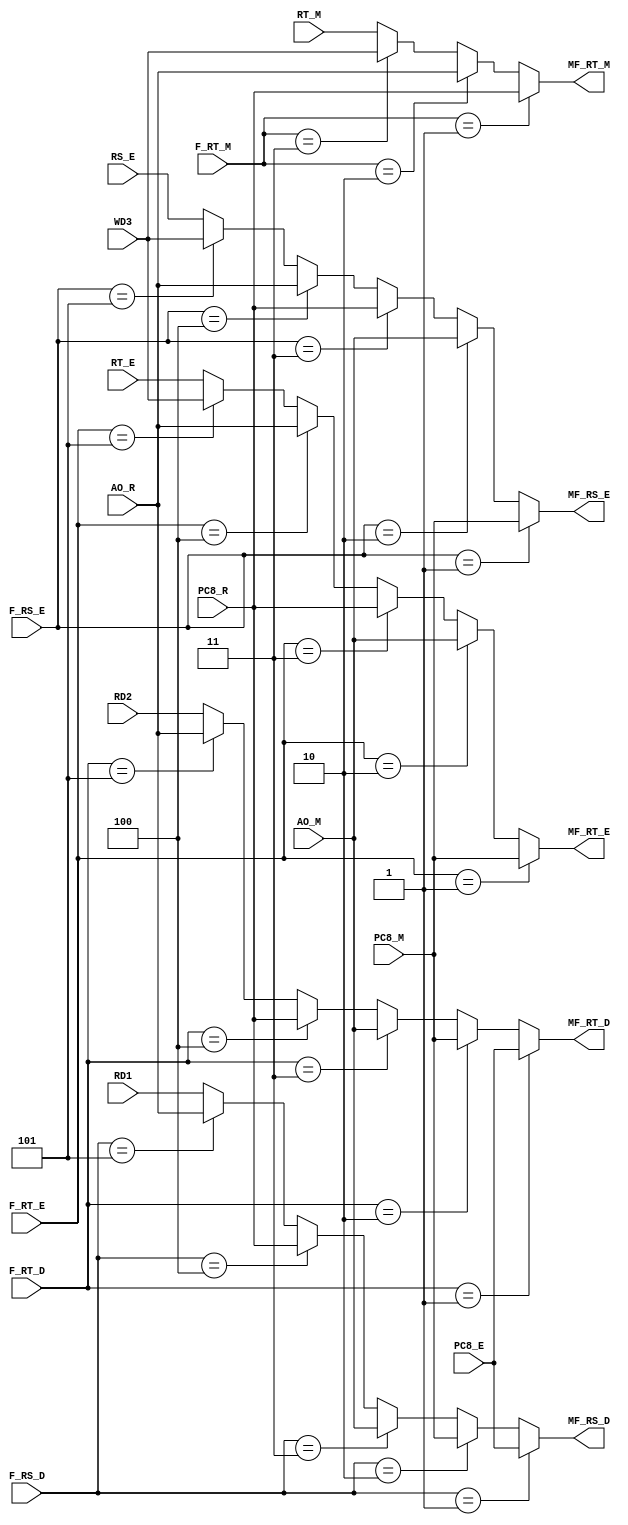
`timescale 1ns / 1ps
//////////////////////////////////////////////////////////////////////////////////
// Company: 
// Engineer: 
// 
// Design Name: 
// Module Name: mux_forward
// Project Name: 
// Target Devices: 
// Tool Versions: 
// Description: 
// 
// Dependencies: 
// 
// Revision:
// Revision 0.01 - File Created
// Additional Comments:
// 
//////////////////////////////////////////////////////////////////////////////////


module mux_forward(
    input [31:0] RD1,
    input [31:0] PC8_E,
    input [31:0] PC8_M,
    input [31:0] PC8_R,
    input [31:0] AO_M,
    input [31:0] AO_R,
    input [2:0] F_RS_D,
    output [31:0] MF_RS_D,

    input [31:0] RD2,
    input [2:0] F_RT_D,
    output [31:0] MF_RT_D,

    input [31:0] RS_E,
    input [31:0] WD3,
    input [2:0] F_RS_E,
    output [31:0] MF_RS_E,

    input [31:0] RT_E,
    input [2:0] F_RT_E,
    output [31:0] MF_RT_E,

    input [31:0] RT_M,
    input [2:0] F_RT_M,
    output [31:0] MF_RT_M
    );

    assign MF_RS_D = (F_RS_D == 3'b001)? PC8_E:
                     (F_RS_D == 3'b010)? PC8_M:
                     (F_RS_D == 3'b011)? AO_M:
                     (F_RS_D == 3'b100)? PC8_R:
                     (F_RS_D == 3'b101)? AO_R:
                                         RD1;

    assign MF_RT_D = (F_RT_D == 3'b001)? PC8_E:
                     (F_RT_D == 3'b010)? PC8_M:
                     (F_RT_D == 3'b011)? AO_M:
                     (F_RT_D == 3'b100)? PC8_R:
                     (F_RT_D == 3'b101)? AO_R:
                                         RD2;

    assign MF_RS_E = (F_RS_E == 3'b001)? PC8_M:
                     (F_RS_E == 3'b010)? AO_M:
                     (F_RS_E == 3'b011)? PC8_R:
                     (F_RS_E == 3'b100)? AO_R:
                     (F_RS_E == 3'b101)? WD3:
                                         RS_E;

    assign MF_RT_E = (F_RT_E == 3'b001)? PC8_M: 
                     (F_RT_E == 3'b010)? AO_M: 
                     (F_RT_E == 3'b011)? PC8_R: 
                     (F_RT_E == 3'b100)? AO_R: 
                     (F_RT_E == 3'b101)? WD3:   
                                         RT_E;                                                                               

    assign MF_RT_M = (F_RT_M == 3'b001)? PC8_R: 
                     (F_RT_M == 3'b010)? AO_R: 
                     (F_RT_M == 3'b011)? WD3: 
                                         RT_M;
                                                            

endmodule